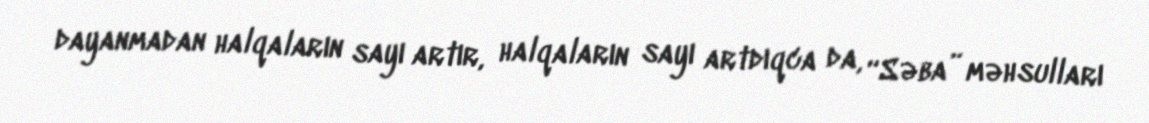
dayanmadan halqaların sayı artır, halqaların sayı artdıqca da, “Səba” məhsulları